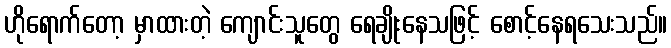
ဟိုရောက်တော့ မှာထားတဲ့ ကျောင်းသူတွေ ရေချိုးနေသဖြင့် စောင့်နေရသေးသည်။